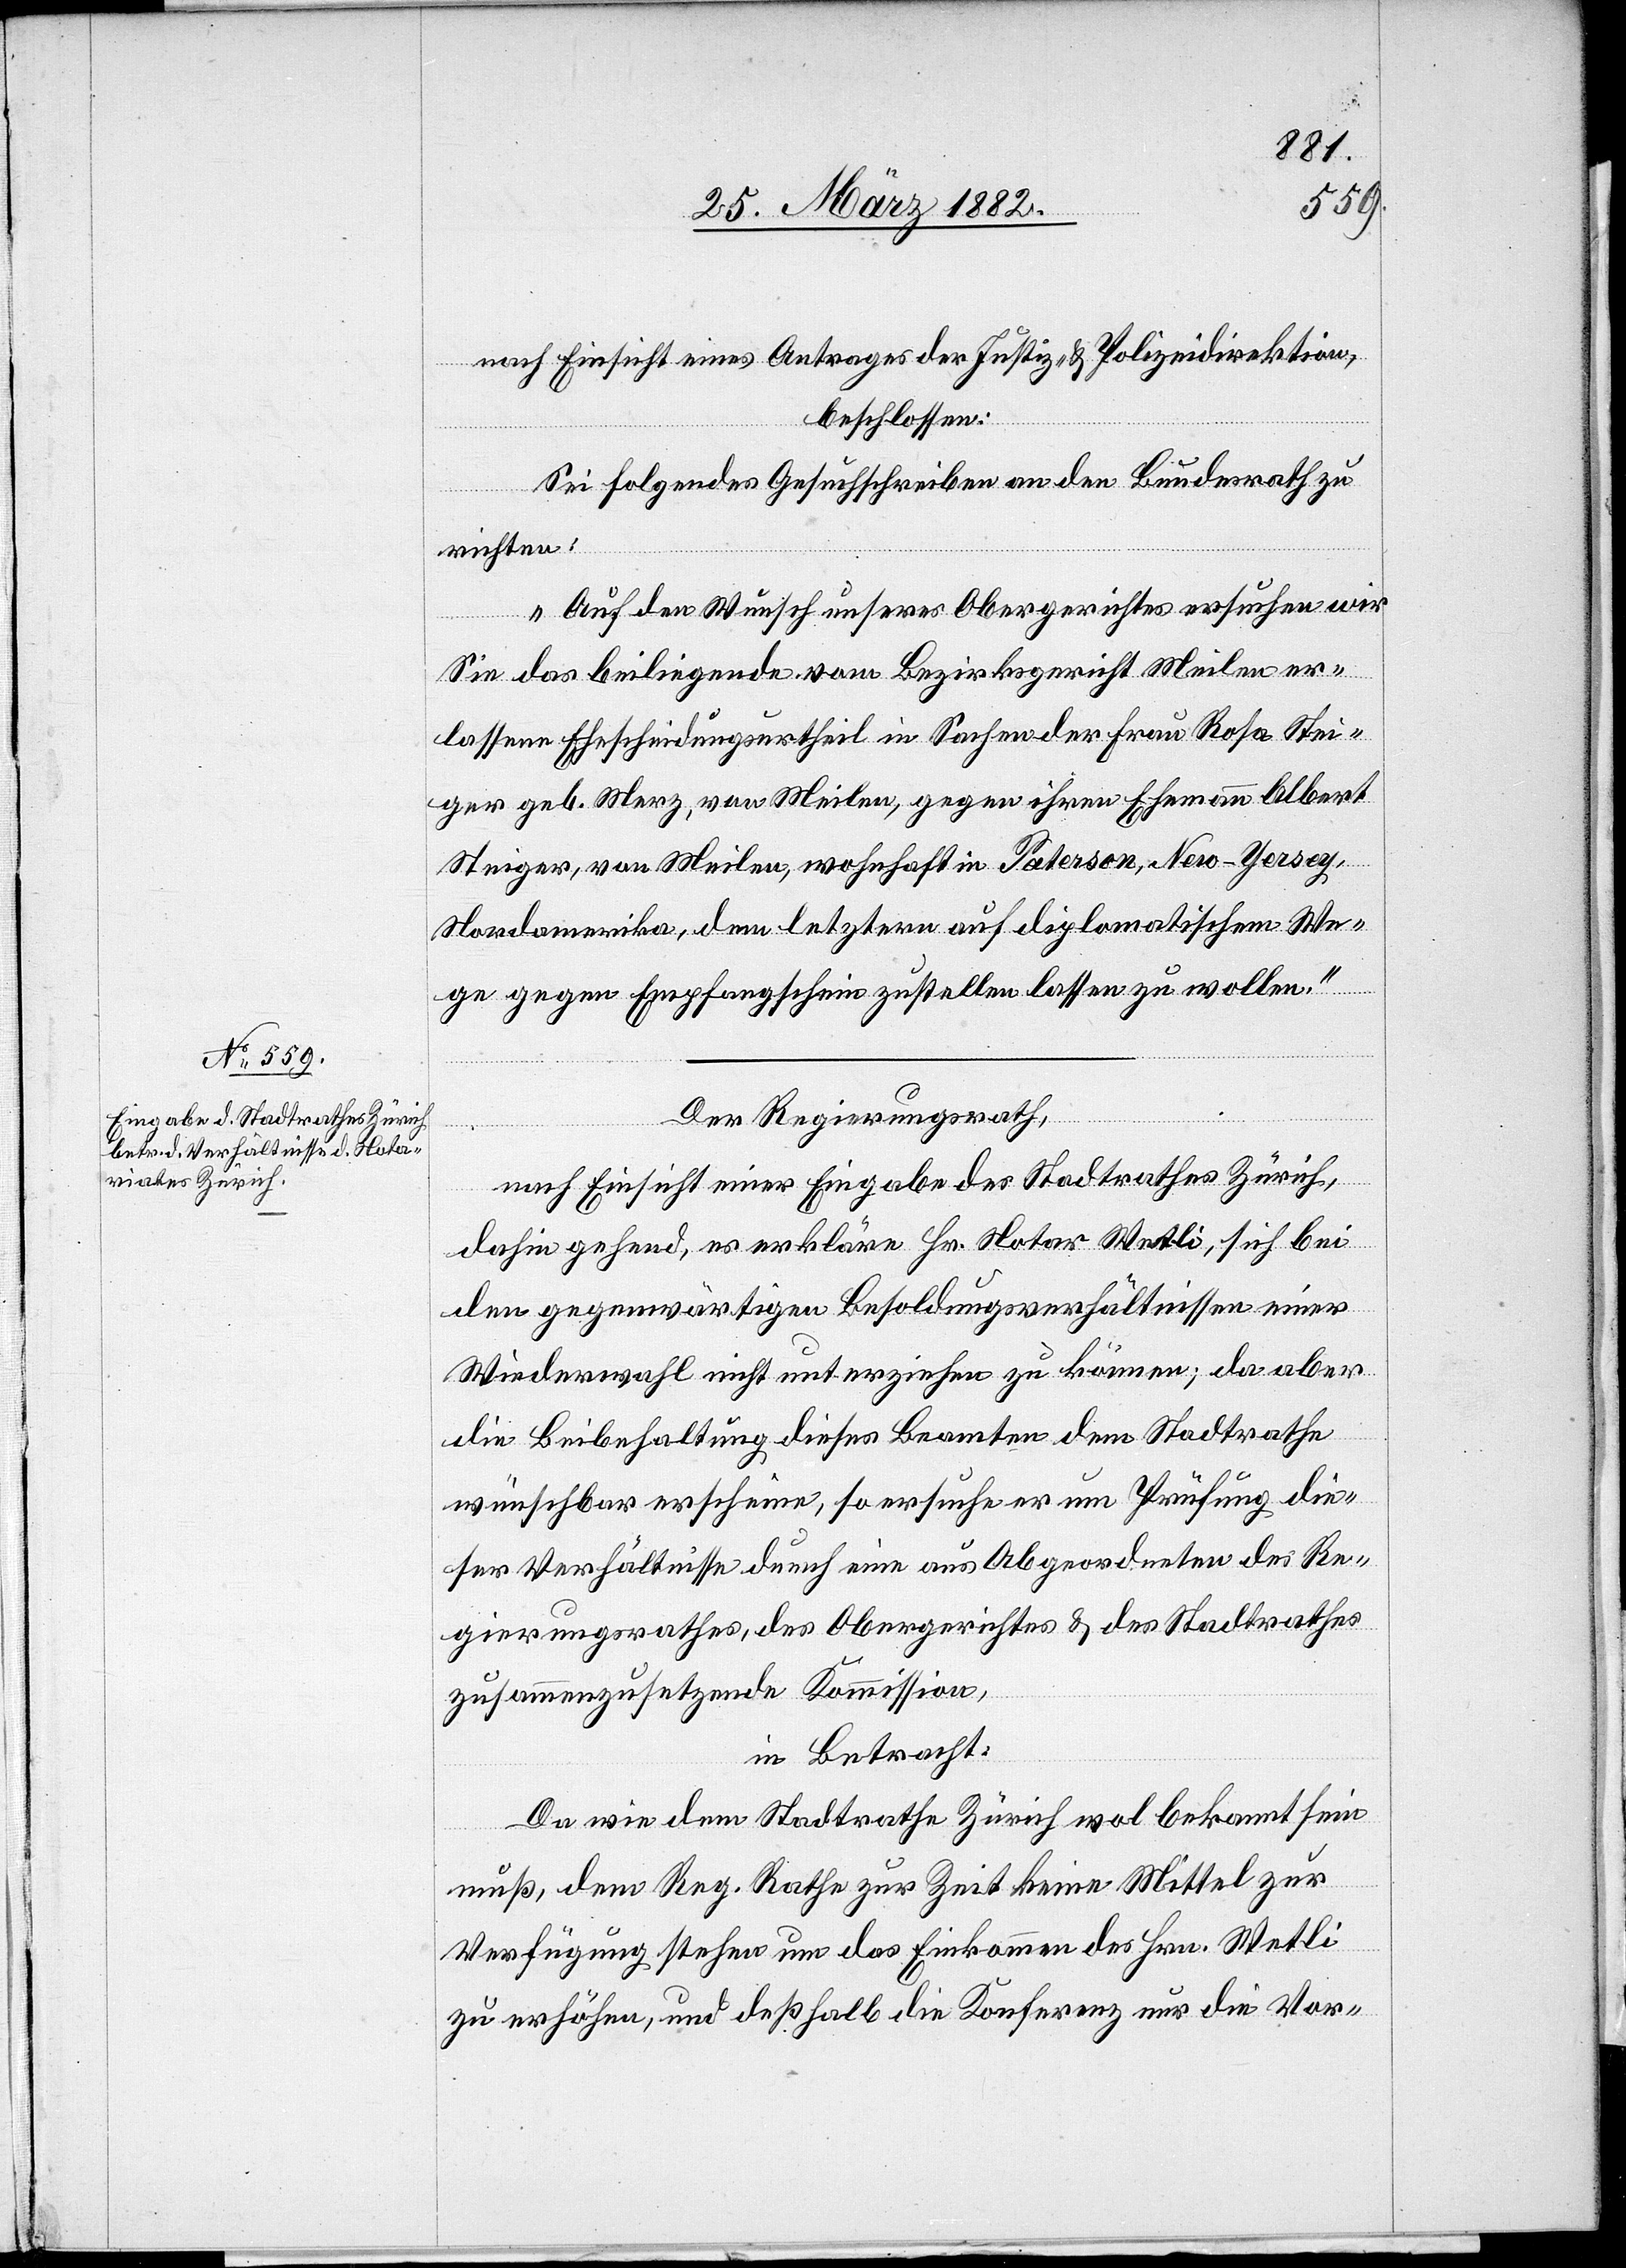
nach Einsicht eines Antrages der Justiz- & Polizeidirektion,
beschlossen:
Sei folgendes Gesuchsschreiben an den Bundesrath zu
richten:
„Auf den Wunsch unseres Obergerichtes ersuchen wir
Sie das beiliegende vom Bezirksgericht Meilen er¬
lassene Ehescheidungsurtheil in Sachen der Frau Rosa Stei¬
ger geb. Merz, von Meilen, wohnhaft in Paters¬
Nordamerika, dem letztern auf diplomatischem We¬
ge gegen Empfangschein zustellen lassen zu wollen.“
Der Regierungsrath,
on,
nach Einsicht einer Eingabe des Stadtrathes Zürich,
dahin gehend, es erkläre Hr. Notar Wetli, sich bei
den gegenwärtigen Besoldungsverhältnissen einer
Wiederwahl nicht unterziehen zu können; da aber
die Beibehaltung dieser Beamten dem Stadtrathe
wünschbar erscheine, so ersuche er um Prüfung die¬
ser Verhältnisse durch eine aus Abgeordneten des Re¬
gierungsrathes, des Obergerichtes & des Stadtrathes
zusammenzusetzende Kommission,
in Betracht:
Da wie dem Stadtrathe Zürich wol bekannt sein
muß, dem Reg. Rathe zur Zeit keine Mittel zur
Verfügung stehen um das Einkommen des Hrn. Wetli
zu erhöhen, und deßhalb die Konferenz nur die Vor-